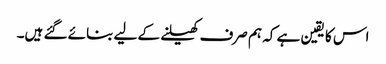
اس کا یقین ہے کہ ہم صرف کھیلنے کے لیے بنائے گئے ہیں۔